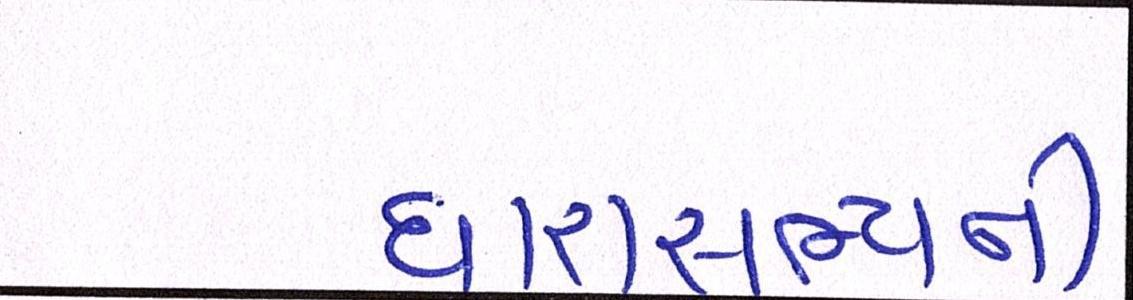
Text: ધારાસભ્યની